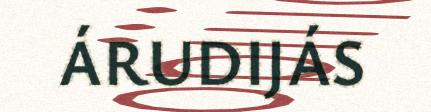
ÁRUDIJÁS